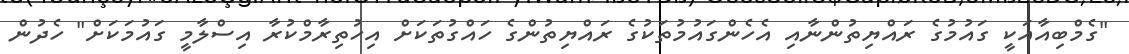
"ގެމްބިއާއަކީ ގައުމުގެ ރައްޔިތުންނާއި އެހެންގައުމުތަކުގެ ރައްޔިތުންގެ ހައްގުތަކަށް އިހުތިރާމްކުރާ އިސްލާމީ ގައުމަކަށް" ހެދުން